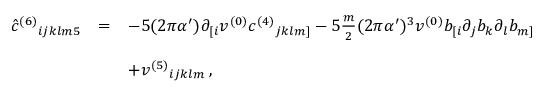
\begin{array} { r c l } { { { \hat { c } } ^ { ( 6 ) } { } _ { i j k l m 5 } } } & { { = } } & { { - 5 ( 2 \pi \alpha ^ { \prime } ) \partial _ { [ i } v ^ { ( 0 ) } c ^ { ( 4 ) } { } _ { j k l m ] } - 5 { \textstyle \frac { m } { 2 } } ( 2 \pi \alpha ^ { \prime } ) ^ { 3 } v ^ { ( 0 ) } b _ { [ i } \partial _ { j } b _ { k } \partial _ { l } b _ { m ] } } } \\ { { } } & { { } } & { { } } \\ { { } } & { { } } & { { + v ^ { ( 5 ) } { } _ { i j k l m } \, , } } \end{array}